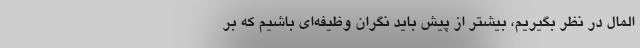
‌المال در نظر بگیریم، بیشتر از پیش باید نگران وظیفه‌ای باشیم که بر